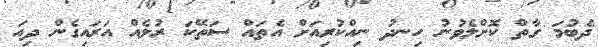
ދެބުމަ ގާތް ކޮށްލެވުނު ހިނދު ނިއްކުރިއަށް އެތައް ސަތޭކަ ރުލެއް އަރައިގެން ދިއަ